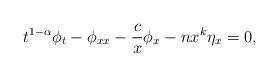
LaTeX: \begin{align*}t^{1-\alpha}\phi_t-\phi_{xx}-\frac{c}{x}\phi_x-nx^k\eta_x=0,\end{align*}